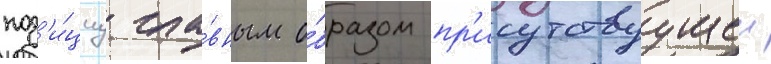
поз'и́циу гла́вным о́бразом пр'исутствуущеи